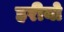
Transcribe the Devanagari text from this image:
हरीयो